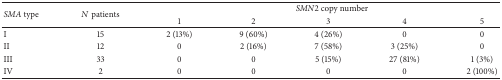
<table><thead><tr><td rowspan="2"><b><i>SMA</i> type</b></td><td rowspan="2"><b><i>N</i> patients</b></td><td colspan="5"><b><i>SMN</i>2 copy number</b></td></tr><tr><td><b> 1</b></td><td><b>2 </b></td><td><b> 3</b></td><td><b>4</b></td><td><b>5</b></td></tr></thead><tbody><tr><td>I</td><td>15</td><td>2 (13%)</td><td>9 (60%)</td><td>4 (26%)</td><td>0</td><td>0</td></tr><tr><td>II</td><td>12</td><td>0</td><td>2 (16%)</td><td>7 (58%)</td><td>3 (25%)</td><td>0</td></tr><tr><td>III</td><td>33</td><td>0</td><td>0</td><td>5 (15%)</td><td>27 (81%)</td><td>1 (3%)</td></tr><tr><td>IV</td><td>2</td><td>0</td><td>0</td><td>0</td><td>0</td><td>2 (100%)</td></tr></tbody></table>